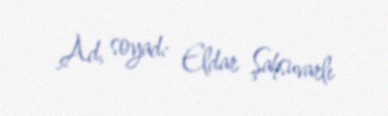
Ad, soyad: Eldar Şahsuvarlı